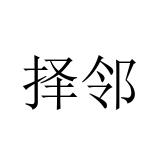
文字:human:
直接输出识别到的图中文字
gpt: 择邻